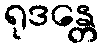
ရုဒန္တေ